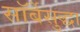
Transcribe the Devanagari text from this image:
सॉर्बेसुद्धा